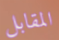
المقابل